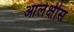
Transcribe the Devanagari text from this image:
आलेक्षीस